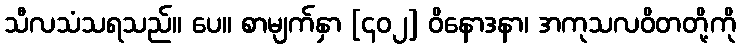
သီလသံသရသည်။ ပေ။ စာမျက်နှာ [၄၀၂] ဝိနောဒနာ၊ အကုသလဝိတတို့ကို